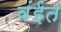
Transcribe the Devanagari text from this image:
वंईत